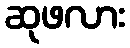
ဆုဖလား